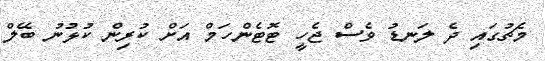
މެޗުގައި ދެ ލަނޑު ވެސް ޖެހީ ޓޮޓެންހަމް އަށް ކުރިން ކުޅުނު ބޭލް